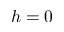
h = 0